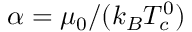
\alpha = \mu _ { 0 } / ( k _ { B } T _ { c } ^ { 0 } )